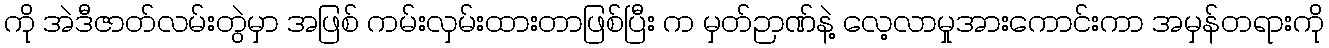
ကို အဲဒီဇာတ်လမ်းတွဲမှာ အဖြစ် ကမ်းလှမ်းထားတာဖြစ်ပြီး က မှတ်ဉာဏ်နဲ့ လေ့လာမှုအားကောင်းကာ အမှန်တရားကို